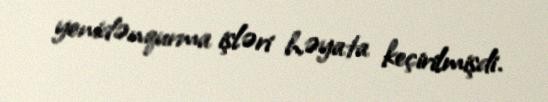
yenidənqurma işləri həyata keçirilmişdi.